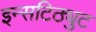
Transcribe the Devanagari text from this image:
इन्सटिठ्युट